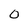
Character: 0